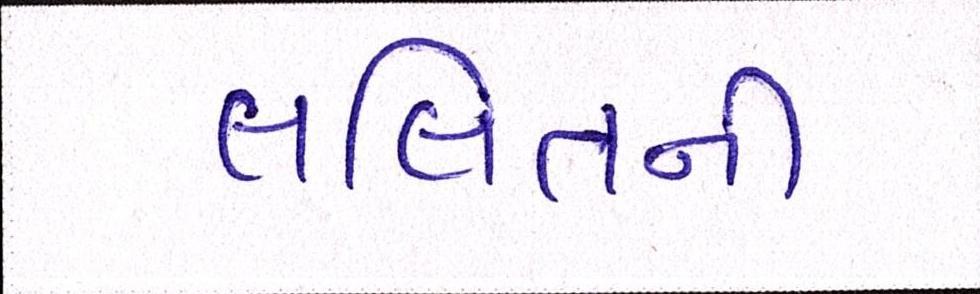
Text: લલિતની